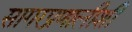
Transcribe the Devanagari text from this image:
सागरप्रणालीशी